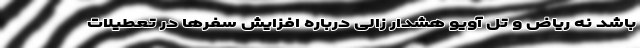
باشد نه ریاض و تل آویو هشدار زالی درباره افزایش سفرها در تعطیلات